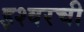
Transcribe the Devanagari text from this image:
इश्वरची